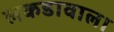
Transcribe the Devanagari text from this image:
लकडावाला